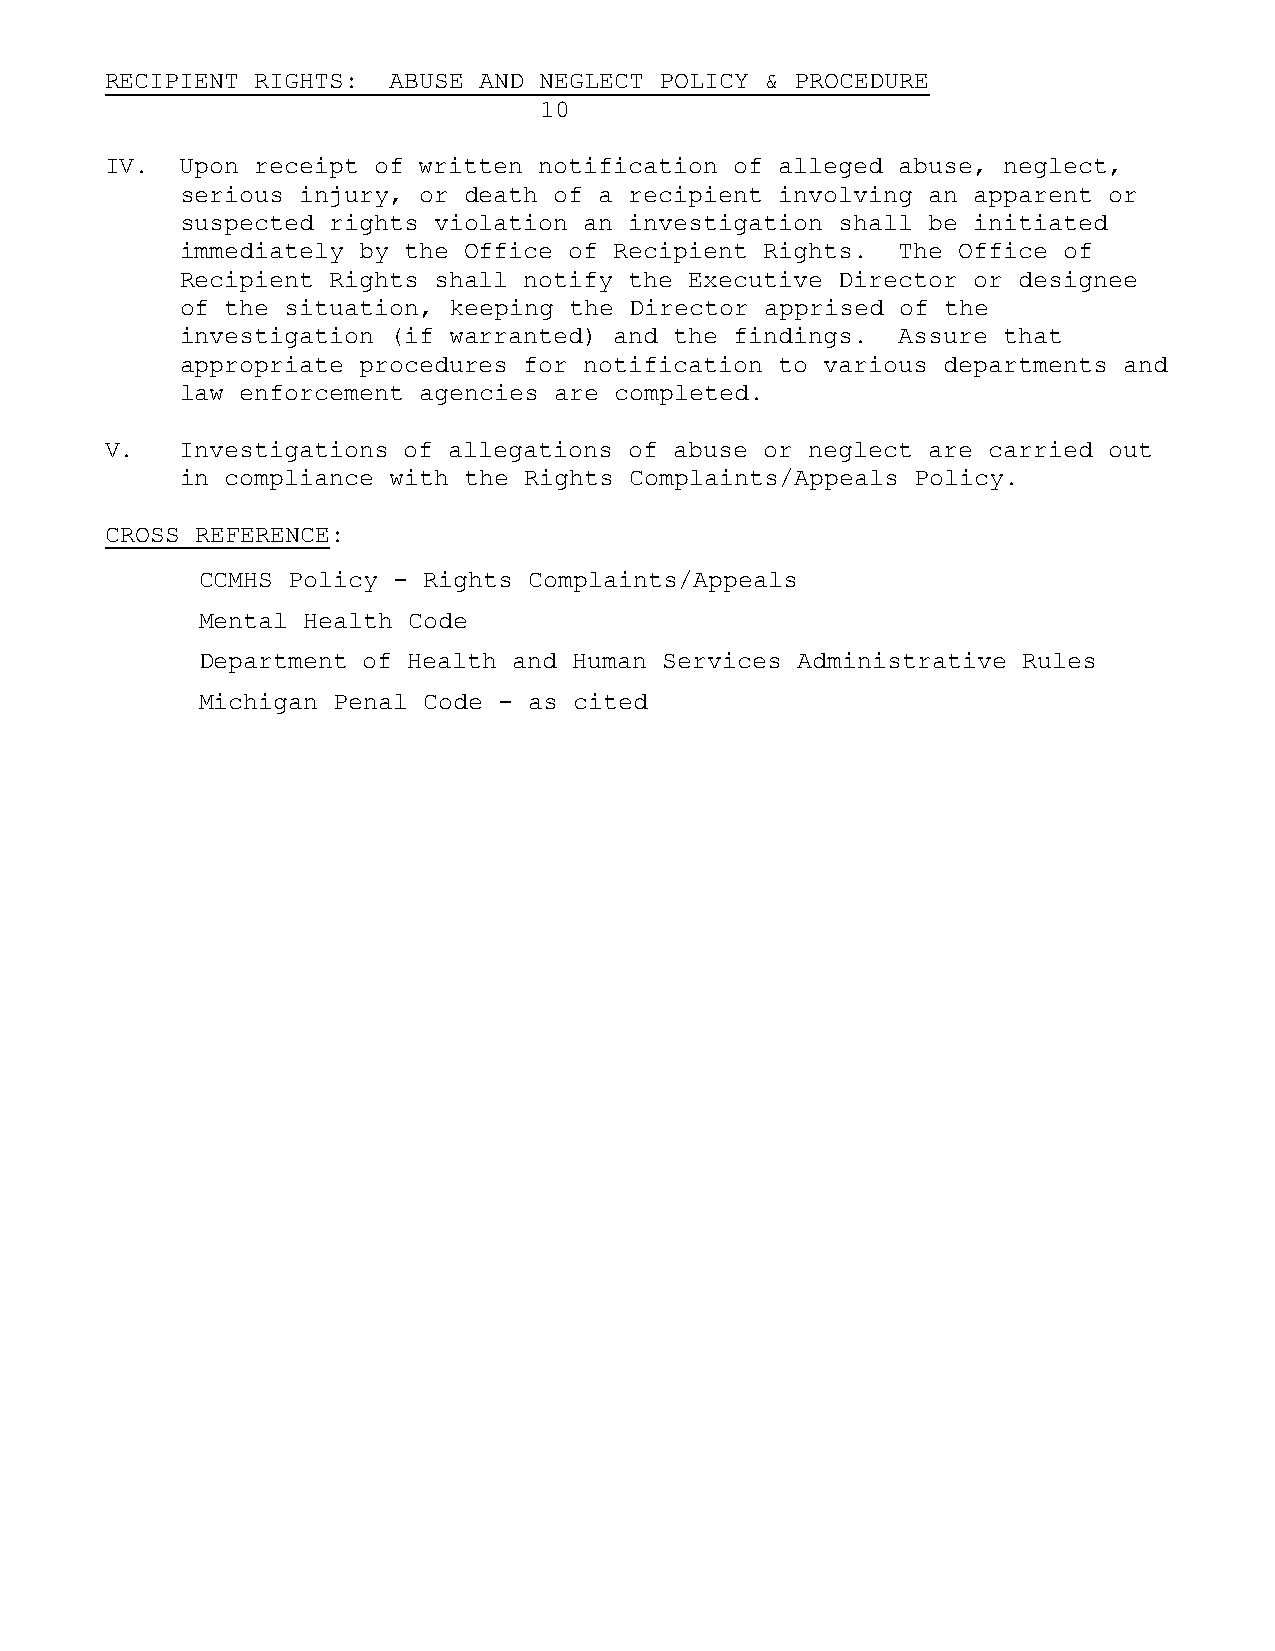
RECIPIENT RIGHTS:  ABUSE AND NEGLECT POLICY & PROCEDURE
 10
 IV.  Upon receipt of written notification of alleged abuse, neglect,
 serious injury, or death of a recipient involving an apparent or
 suspected rights violation an investigation shall be initiated
 immediately by the Office of Recipient Rights.  The Office of
 Recipient Rights shall notify the Executive Director or designee
 of the situation, keeping the Director apprised of the
 investigation (if warranted) and the findings.  Assure that
 appropriate procedures for notification to various departments and
 law enforcement agencies are completed.
 V.   Investigations of allegations of abuse or neglect are carried out
 in compliance with the Rights Complaints/Appeals Policy.
 CROSS REFERENCE:
 CCMHS Policy - Rights Complaints/Appeals
 Mental Health Code
 Department of Health and Human Services Administrative Rules
 Michigan Penal Code - as cited